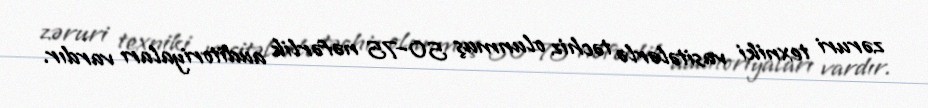
zəruri texniki vasitələrlə təchiz olunmuş 50–75 nəfərlik auditoriyaları vardır.